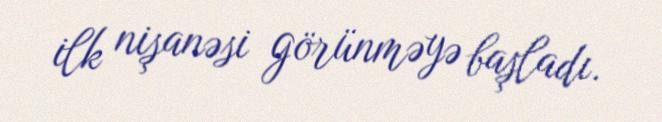
ilk nişanəsi görünməyə başladı.